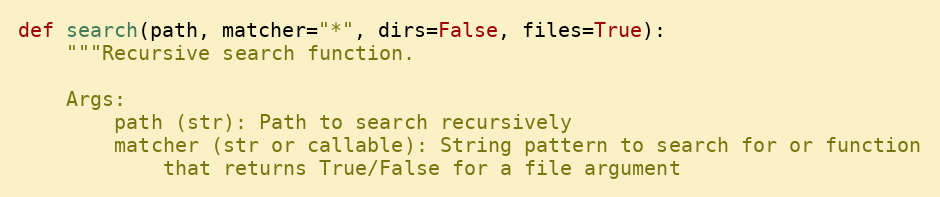
Language: Python
def search(path, matcher="*", dirs=False, files=True):
    """Recursive search function.

    Args:
        path (str): Path to search recursively
        matcher (str or callable): String pattern to search for or function
            that returns True/False for a file argument